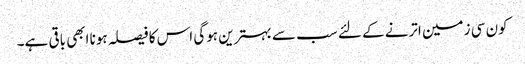
کون سی زمین اترنے کے لئے سب سے بہترین ہوگی اس کا فیصلہ ہونا ابھی باقی ہے۔